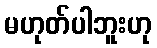
မဟုတ်ပါဘူးဟု